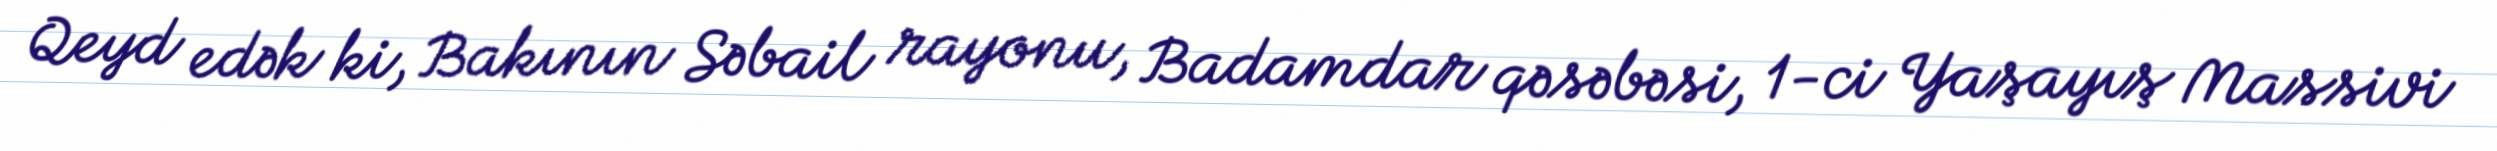
Qeyd edək ki, Bakının Səbail rayonu, Badamdar qəsəbəsi, 1-ci Yaşayış Massivi